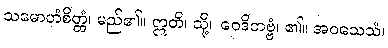
သမောဟံစိတ္တံ၊ မည်၏။ ဣတိ၊ သို့။ ဝေဒိတဗ္ဗံ၊ ၏။ အဝသေသံ၊